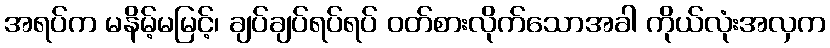
အရပ်က မနိမ့်မမြင့်၊ ချပ်ချပ်ရပ်ရပ် ဝတ်စားလိုက်သောအခါ ကိုယ်လုံးအလှက